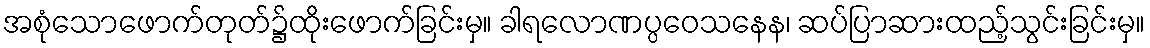
အစုံသောဖောက်တုတ်၌ထိုးဖောက်ခြင်းမှ။ ခါရလောဏပ္ပဝေသနေန၊ ဆပ်ပြာဆားထည့်သွင်းခြင်းမှ။